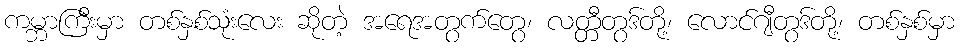
ကမ္ဘာကြီးမှာ တစ်နှစ်သုံးလေး ဆိုတဲ့ အရေအတွက်တွေ၊ လတ္တီတွဒ်တို့၊ လောင်ဂျီတွဒ်တို့၊ တစ်နှစ်မှာ